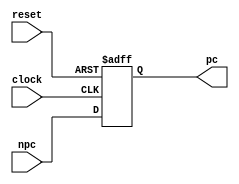
module pc(pc,clock,reset,npc);

    output [31:0] pc;
    input clock;
    input reset;
    input [31:0] npc;

    reg [31:0] data;

    always @(posedge clock or negedge reset)
        begin
            if (reset == 0)
                data <= 32'h00003000;
            else
                data <= npc;
        end

    assign pc = data;

endmodule